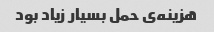
هزینه‌ی حمل بسیار زیاد بود